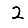
Digit: 2